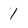
Character: 1